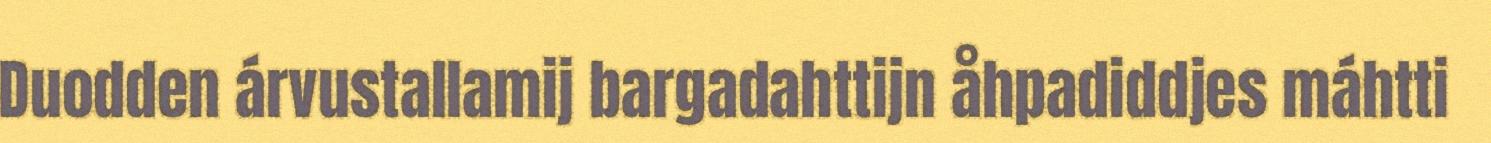
Duodden árvustallamij bargadahttijn åhpadiddjes máhtti